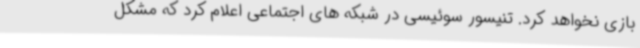
بازی نخواهد کرد. تنیسور سوئیسی در شبکه های اجتماعی اعلام کرد که مشکل